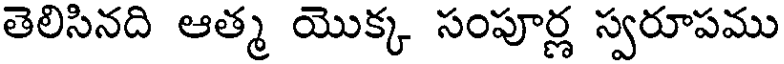
తెలిసినది ఆత్మ యొక్క సంపూర్ణ స్వరూపము